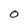
Character: O